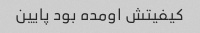
کیفیتش اومده بود پایین